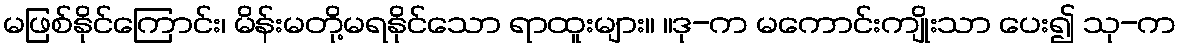
မဖြစ်နိုင်ကြောင်း၊ မိန်းမတို့မရနိုင်သော ရာထူးများ။ ။ဒု-က မကောင်းကျိုးသာ ပေး၍ သု-က